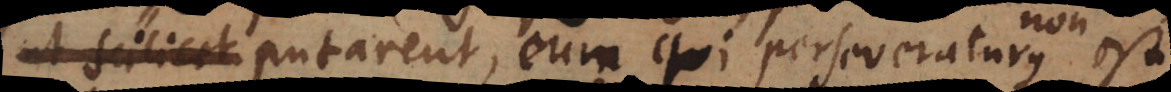
cirumscribentes putarent, eum qui perseveraturus non est